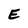
Character: E